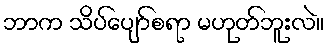
ဘာက သိပ်ပျော်စရာ မဟုတ်ဘူးလဲ။